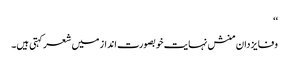
‘‘
وفا یزدان منش نہایت خوبصورت انداز میں شعرکہتی ہیں۔